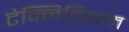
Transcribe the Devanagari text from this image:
टेक्निटियम